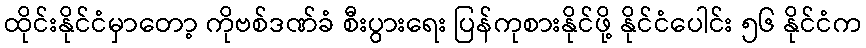
ထိုင်းနိုင်ငံမှာတော့ ကိုဗစ်ဒဏ်ခံ စီးပွားရေး ပြန်ကုစားနိုင်ဖို့ နိုင်ငံပေါင်း ၅၆ နိုင်ငံက